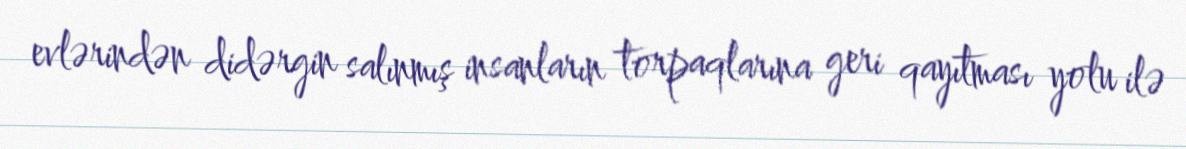
evlərindən didərgin salınmış insanların torpaqlarına geri qayıtması yolu ilə